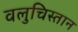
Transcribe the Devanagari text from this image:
वलुचिस्तान